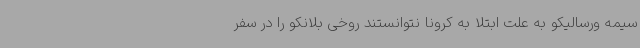
سیمه ورسالیکو به علت ابتلا به کرونا نتوانستند روخی بلانکو را در سفر